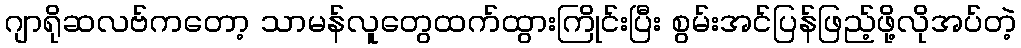
ဂျာရိုဆလဗ်ကတော့ သာမန်လူတွေထက်ထွားကြိုင်းပြီး စွမ်းအင်ပြန်ဖြည့်ဖို့လိုအပ်တဲ့